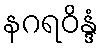
နဂရဝိန္ဒံ